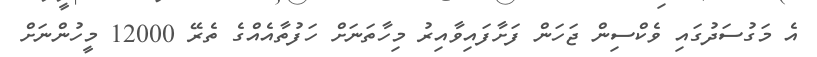
އެ މަގުސަދުގައި ވެކްސިން ޖަހަން ފަށާފައިވާއިރު މިހާތަނަށް ހަފުތާއެއްގެ ތެރޭ 12000 މީހުންނަށް